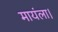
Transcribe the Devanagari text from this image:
मायंला।